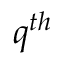
q ^ { t h }